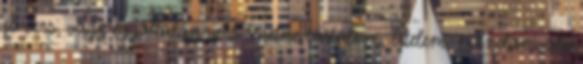
jó vers, vagy egyáltalán vers lehetne: tartalom, értelem, mondanivaló